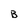
Character: B